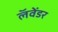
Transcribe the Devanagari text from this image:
लॅवेंडर